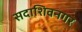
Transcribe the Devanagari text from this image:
सदाशिवनगर